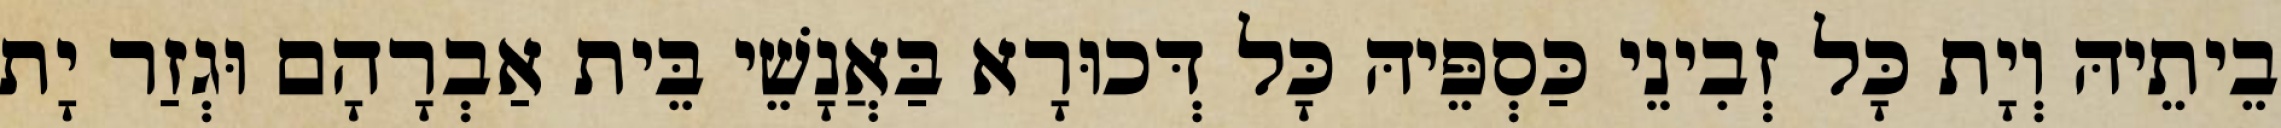
בֵיתֵיהּ וְיָת כָּל זְבִינֵי כַּסְפֵּיהּ כָּל דְּכוּרָא בַּאֲנָשֵׁי בֵּית אַבְרָהָם וּגְזַר יָת